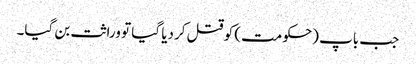
جب باپ (حکومت) کو قتل کردیا گیا تو وراثت بن گیا۔